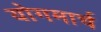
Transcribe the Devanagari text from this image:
योगमार्च